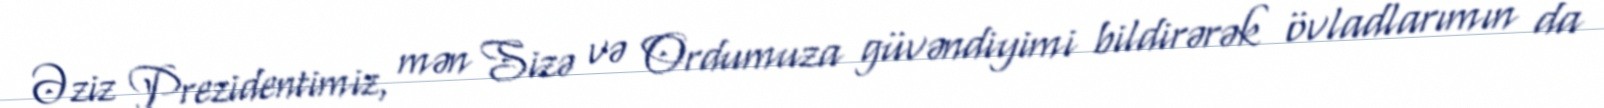
Əziz Prezidentimiz, mən Sizə və Ordumuza güvəndiyimi bildirərək övladlarımın da